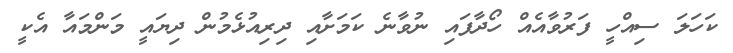
ކަހަލަ ސިއްހީ ފަރުވާއެއް ހޯދާފައި ނުވާނެ ކަމަށާއި ދިރިއުޅެމުން ދިޔައީ މަންމައާ އެކީ